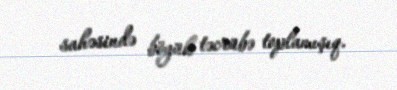
sahəsində böyük təcrübə toplamışıq.